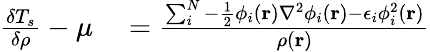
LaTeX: \begin{array}{rl}{\frac{\delta T_{s}}{\delta\rho}-\mu}&{{}=\frac{\sum_{i}^{N}-\frac{1}{2}\phi_{i}(\mathbf{r})\nabla^{2}\phi_{i}(\mathbf{r})-\epsilon_{i}\phi_{i}^{2}(\mathbf{r})}{\rho(\mathbf{r})}}\end{array}